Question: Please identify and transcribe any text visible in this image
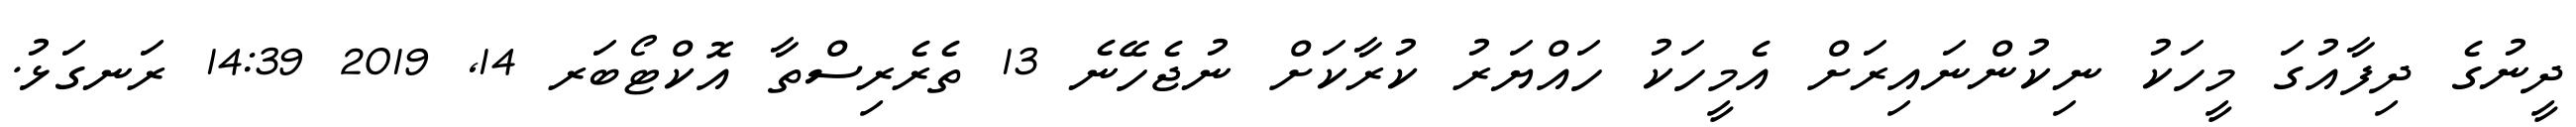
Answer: ދީނުގެ ދިފާއުގަ މީހަކު ނިކުންނައިރަށް އެމީހަކު ހައްޔަރު ކުރާކަށް ނުޖެހޭނެ 13 ތެރެރިސްތާ އޮކްޓޯބަރ 14, 2019 14:39 ރަނގަޅު.